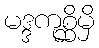
မဒ္ဒကုစ္ဆိမှိ